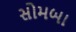
સોમબા